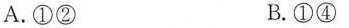
A.①② B.①④